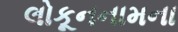
લોકૂનનામના